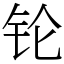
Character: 𬬭